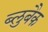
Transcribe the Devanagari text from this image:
ब्लुबैक